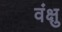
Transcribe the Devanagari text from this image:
वंक्षु